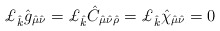
\begin{align*}\pounds_{\hat{k}} \hat{g}_{\hat{\mu}\hat{\nu}} =\pounds_{\hat{k}} \hat{C}_{\hat{\mu}\hat{\nu}\hat{\rho}}=\pounds_{\hat{k}} \hat{\chi}_{\hat{\mu}\hat{\nu}}=0\end{align*}